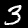
Digit: 3